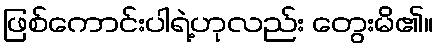
ဖြစ်ကောင်းပါရဲ့ဟုလည်း တွေးမိ၏။